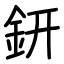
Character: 鈃